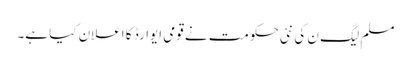
مسلم لیگ ن کی نئی حکومت نے قومی ایوارڈ کا اعلان کیا ہے۔